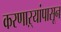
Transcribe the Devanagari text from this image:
करणाऱ्यांपासून